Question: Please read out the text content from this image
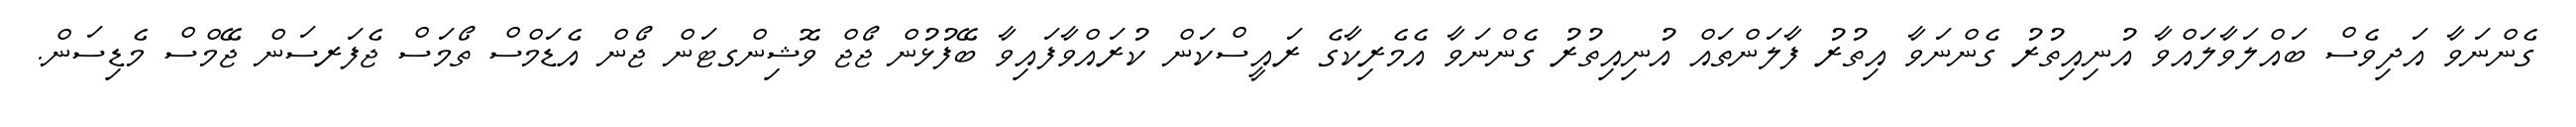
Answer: ގެންނަވާ އަދިވެސް ބައްލަވާލައްވާ އުނިއިތުރު ގެންނަވާ އިތުރު ފާލަންތައް އުނިއިތުރު ގެންނަވާ އެމެރިކާގެ ރައީސްކަން ކުރައްވާފައިވާ ބޭފުޅުން ޖޯޖް ވޮޝިންގޓަން ޖޯން އެޑަމްސް ތޯމަސް ޖެފަރސަން ޖޭމްސް މެޑިސަން.